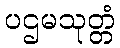
ပဌမသုတ္တံ